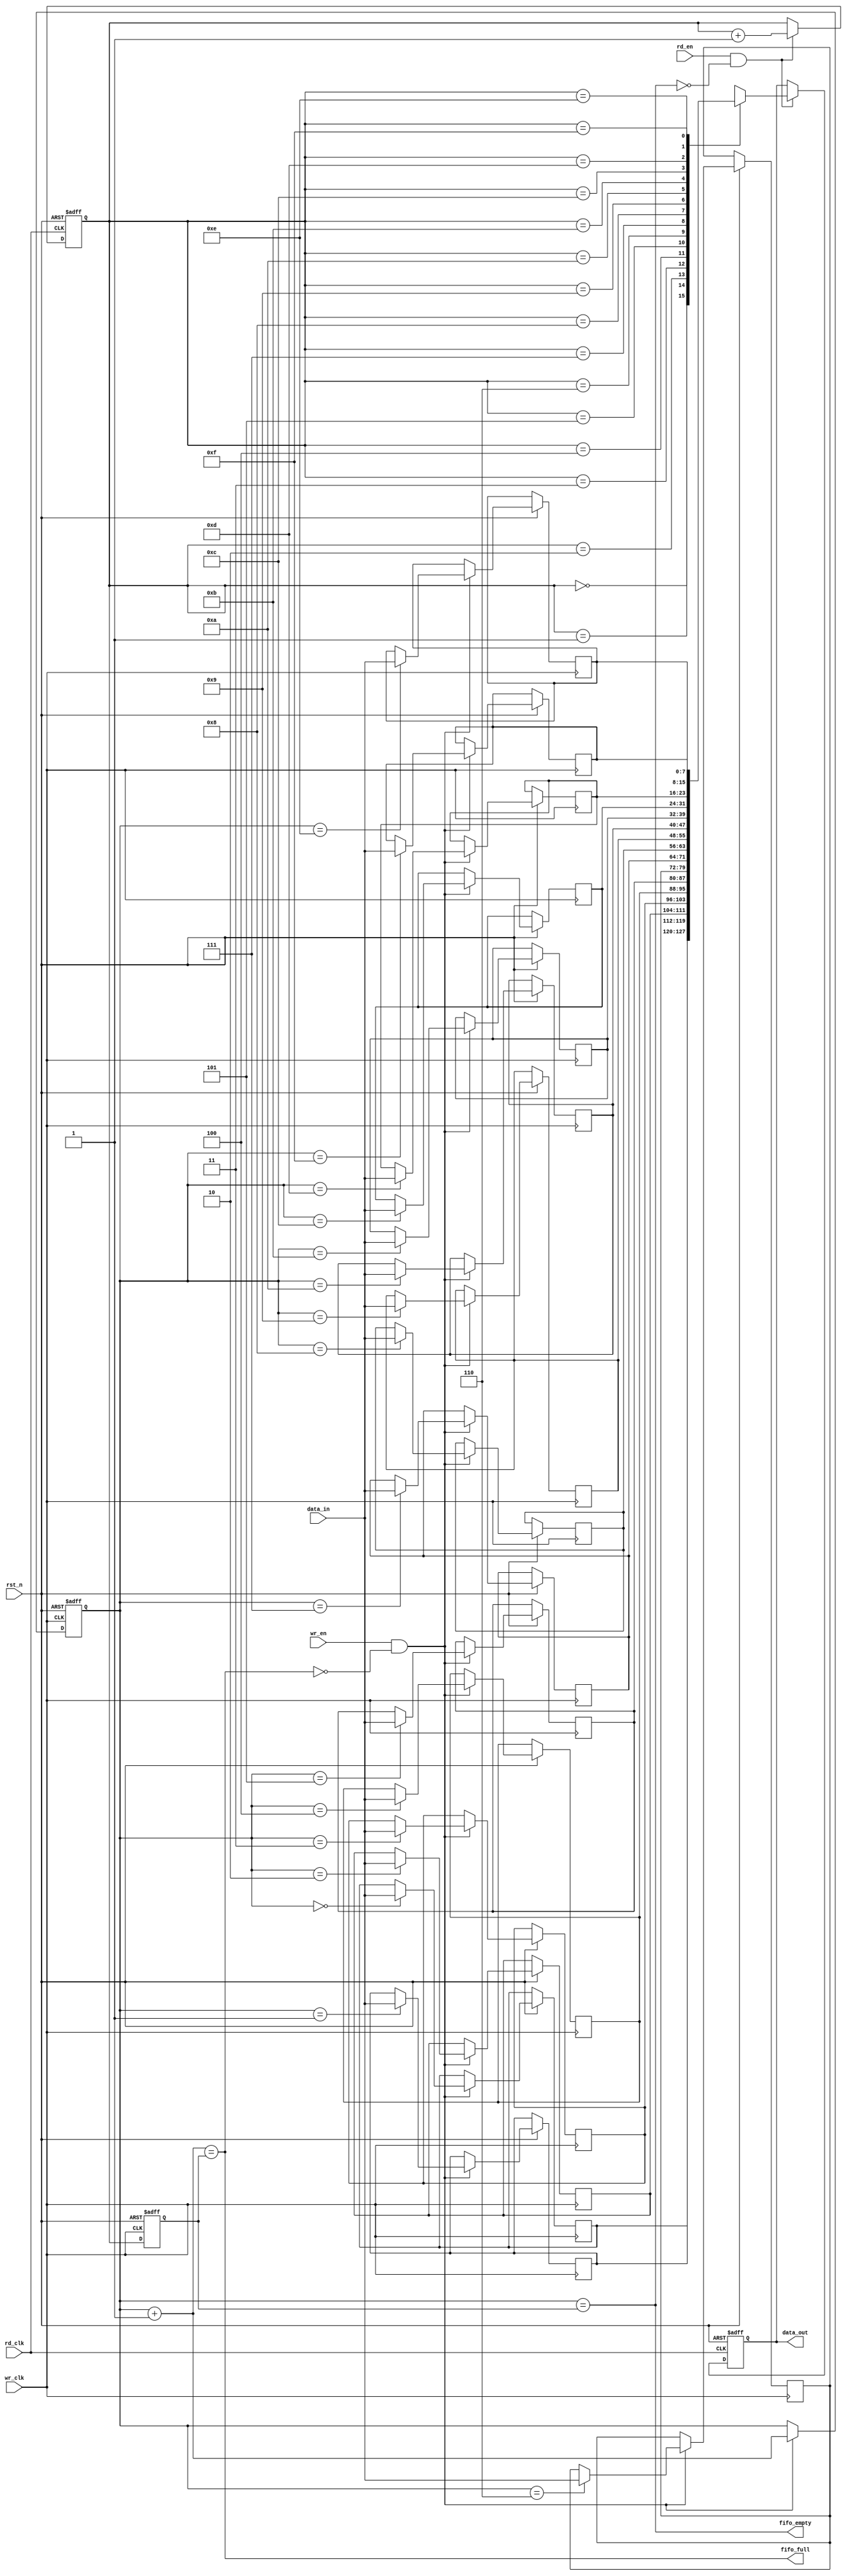
module dual_clock_fifo #(
    parameter DATA_WIDTH = 8,     // Width of the data
    parameter FIFO_DEPTH = 16      // Depth of the FIFO (number of entries)
) (
    input wire                      wr_clk,           // Write clock
    input wire                      rd_clk,           // Read clock
    input wire                      rst_n,            // Asynchronous reset (active low)
    input wire                      wr_en,            // Write enable
    input wire                      rd_en,            // Read enable
    input wire [DATA_WIDTH-1:0]    data_in,          // Data input
    output reg [DATA_WIDTH-1:0]     data_out,         // Data output
    output wire                     fifo_full,        // FIFO full flag
    output wire                     fifo_empty         // FIFO empty flag
);

    // FIFO memory array
    reg [DATA_WIDTH-1:0] fifo_mem [0:FIFO_DEPTH-1];

    // Write and Read pointers
    reg [$clog2(FIFO_DEPTH)-1:0] wr_ptr;
    reg [$clog2(FIFO_DEPTH)-1:0] rd_ptr;

    // Synchronization registers for the pointers
    reg [$clog2(FIFO_DEPTH)-1:0] rd_ptr_sync;
    reg [$clog2(FIFO_DEPTH)-1:0] wr_ptr_sync;

    // FIFO status flags
    assign fifo_full  = (wr_ptr + 1'b1 == rd_ptr_sync);
    assign fifo_empty = (wr_ptr == rd_ptr_sync);

    // Write operation
    always @(posedge wr_clk or negedge rst_n) begin
        if (~rst_n) begin
            wr_ptr <= 0;
        end else if (wr_en && !fifo_full) begin
            fifo_mem[wr_ptr] <= data_in;
            wr_ptr <= wr_ptr + 1'b1;
        end
    end

    // Read operation
    always @(posedge rd_clk or negedge rst_n) begin
        if (~rst_n) begin
            rd_ptr <= 0;
            data_out <= 0;
        end else if (rd_en && !fifo_empty) begin
            data_out <= fifo_mem[rd_ptr];
            rd_ptr <= rd_ptr + 1'b1;
        end
    end

    // Synchronizing write pointer to read clock domain
    always @(posedge rd_clk or negedge rst_n) begin
        if (~rst_n) begin
            wr_ptr_sync <= 0;
        end else begin
            wr_ptr_sync <= wr_ptr;
        end
    end

    // Synchronizing read pointer to write clock domain
    always @(posedge wr_clk or negedge rst_n) begin
        if (~rst_n) begin
            rd_ptr_sync <= 0;
        end else begin
            rd_ptr_sync <= rd_ptr;
        end
    end

endmodule